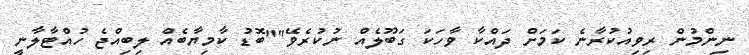
ނިންމުން ރިވިއުކުރާނެ ކަމަށް ދައްކާ ވާހަކަ ގަބޫލެއް ނުކުރެވޭ""ބޮޑު ކާމިޔާބެއް ލިިބިއްޖެ ހުއްޓާލާނީ